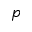
p